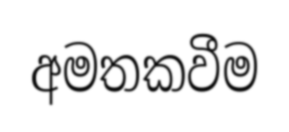
අමතකවීම